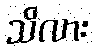
သိလား